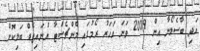
އަދި ބާސެލޯނާ އިން 2009 ވަނަ އަހަރު ރޯމުގައި މެންޗެސްޓާ ޔުނައިޓެޑް ބަލިކޮށް